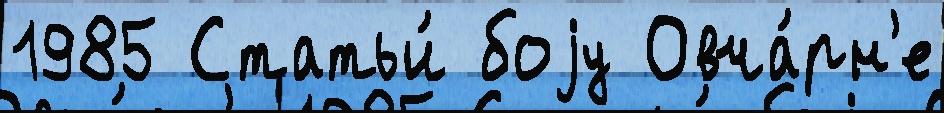
1985 Статьи́ боjу Овча́рн'е